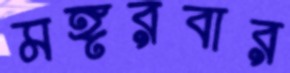
মঙ্গরবার